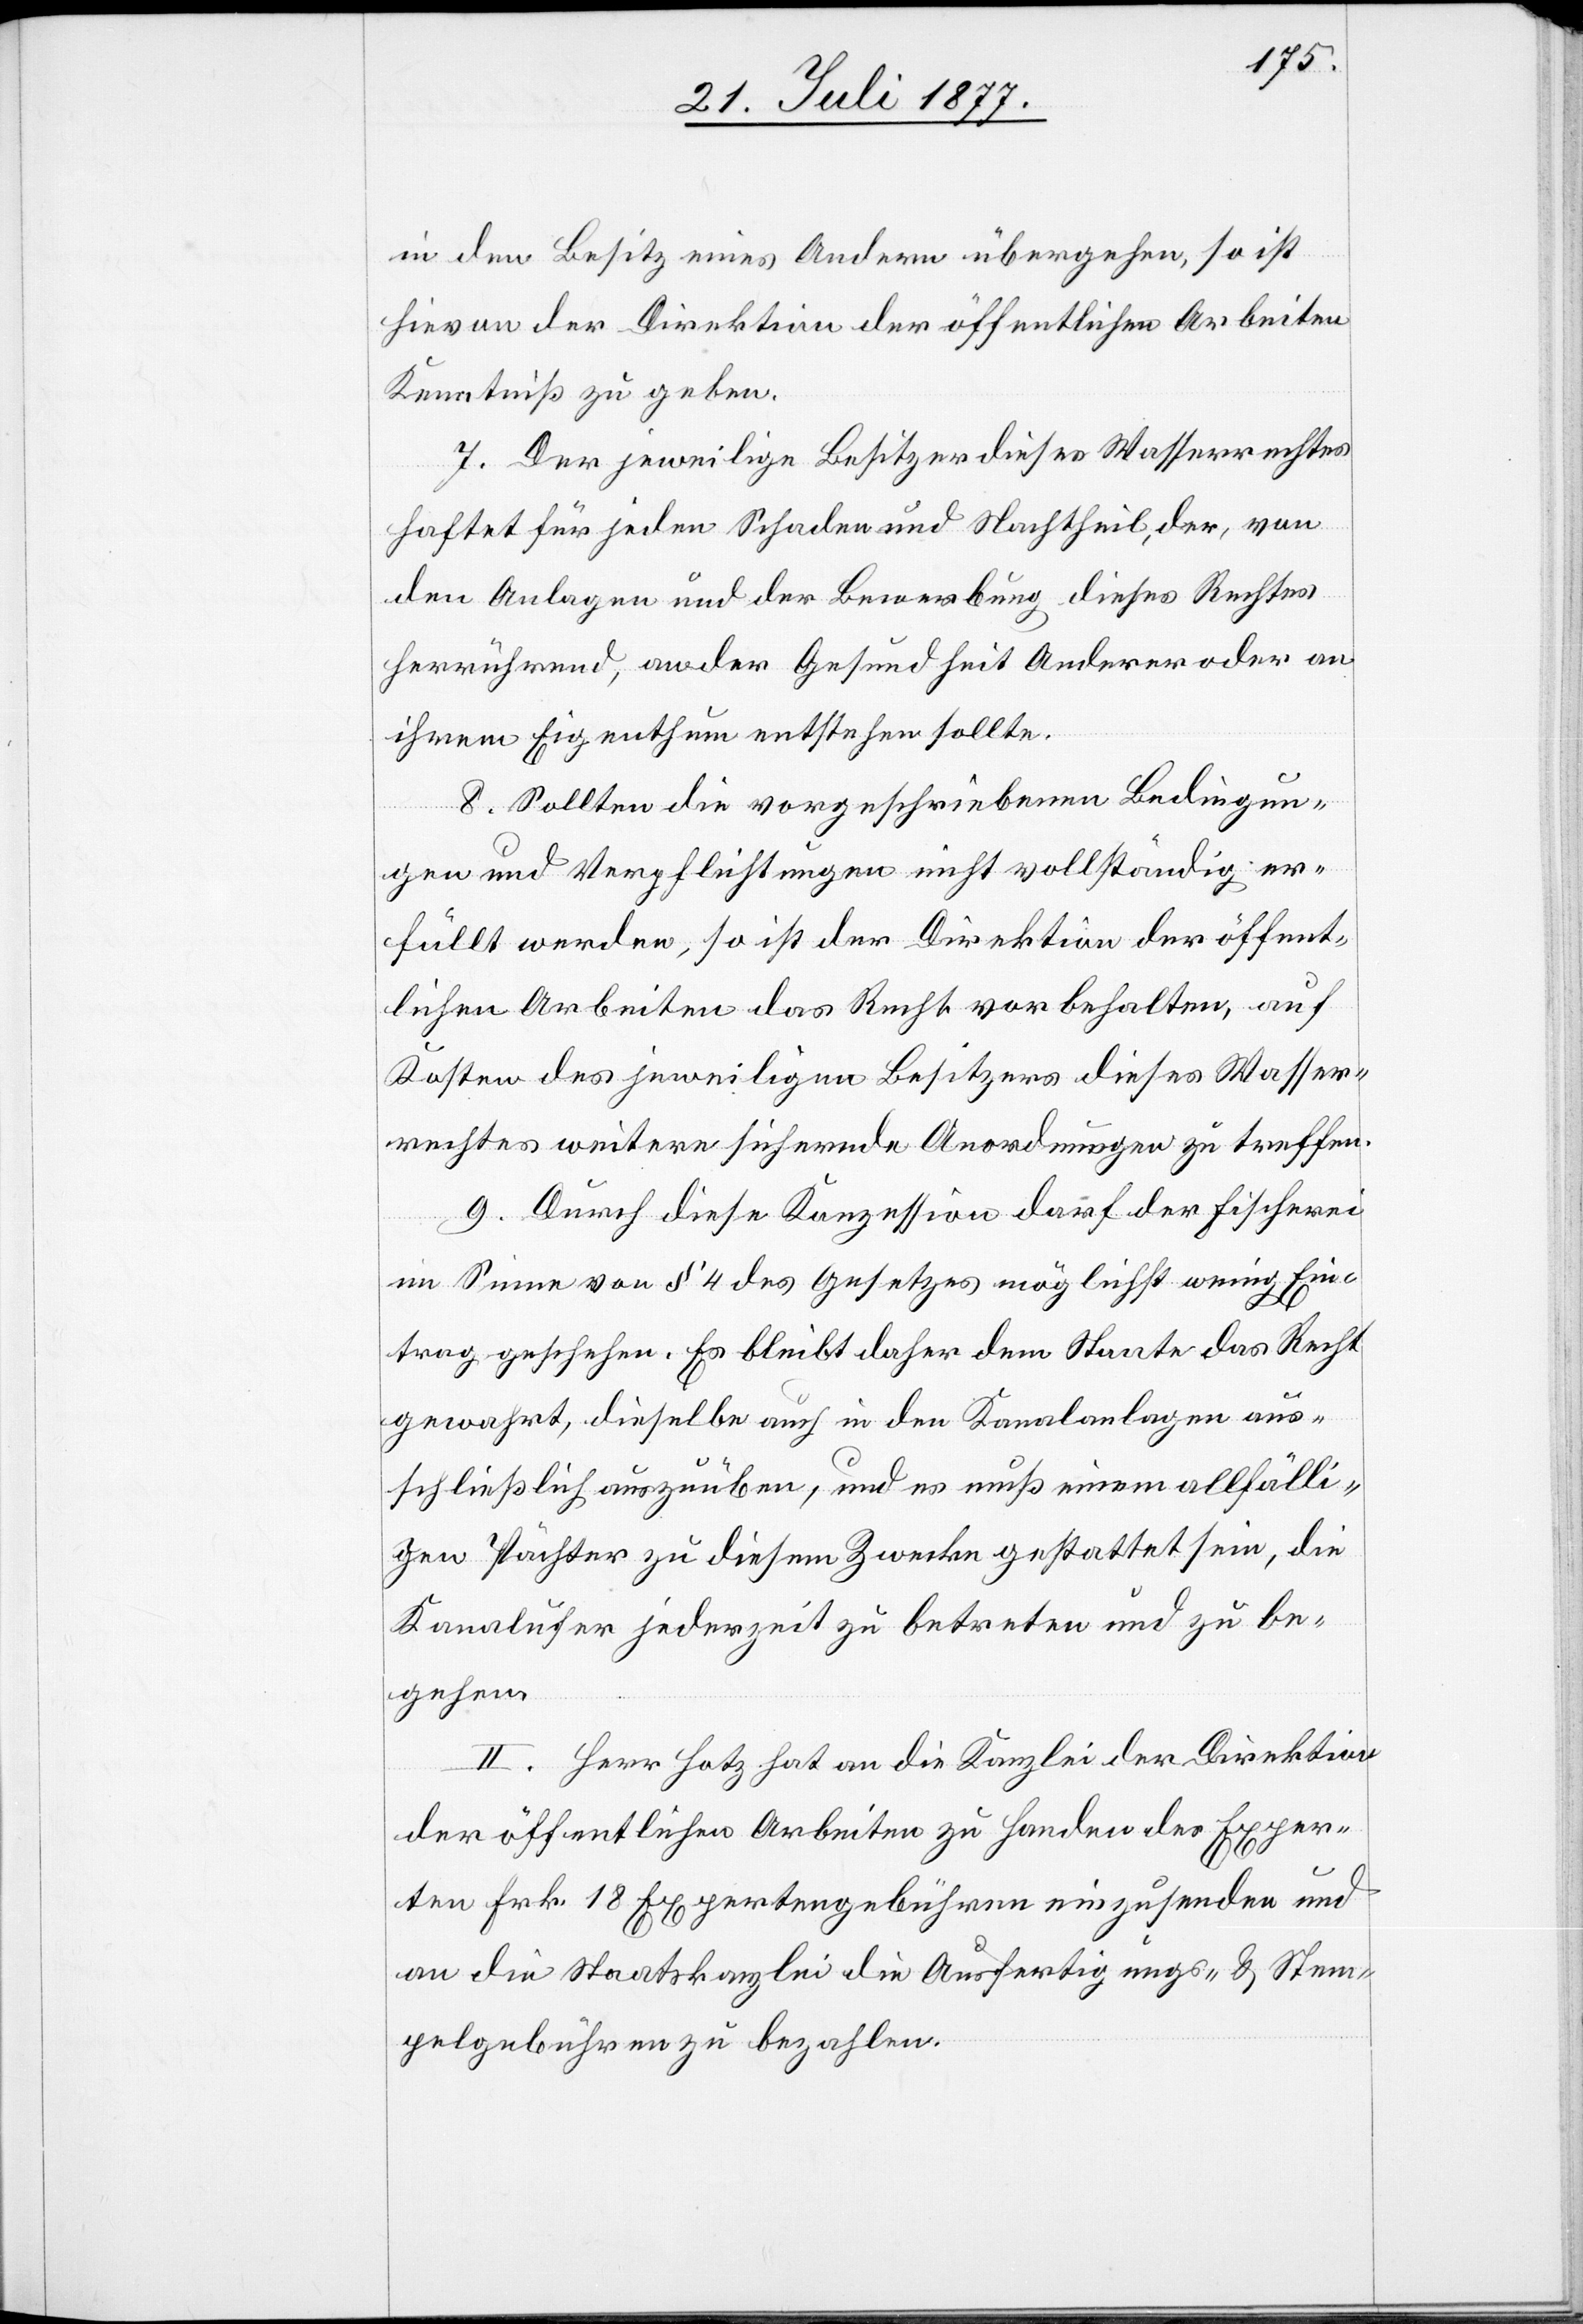
in den Besitz eines Andern übergehen, so ist
hievon der Direktion der öffentlichen Arbeiten
Kenntniß zu geben.
7. Der jeweilige Besitzer dieses Wasserrechtes
haftet für jeden Schaden und Nachtheil, der, von
den Anlagen und der Bewerbung dieses Rechtes
herrührend, an der Gesundheit Anderer oder an
ihrem Eigenthum entstehen sollte.
8. Sollten die vorgeschriebenen Bedingun¬
gen und Verpflichtungen nicht vollständig er¬
füllt werden, so ist der Direktion der öffent¬
lichen Arbeiten das Recht vorbehalten, auf
Kosten des jeweiligen Besitzers dieses Wasser¬
rechtes weitere sichernde Anordnungen zu treffen.
9. Durch diese Konzession darf der Fischerei
im Sinne von § 4 des Gesetzes möglichst wenig Ein¬
trag geschehen. Es bleibt daher dem Staate das Recht
gewahrt, dieselbe auch in den Kanalanlagen aus¬
schließlich auszuüben, und es muß einem allfälli¬
gen Pächter zu diesem Zwecke gestattet sein, die
Kanalufer jederzeit zu betreten und zu be¬
gehen.
II. Herr Hotz hat an die Kanzlei der Direktion
der öffentlichen Arbeiten zu Handen des Exper¬
ten Frk. 18 Expertengebühren einzusenden und
an die Staatskanzlei die Ausfertigungs- & Stem¬
pelgebühren zu bezahlen.